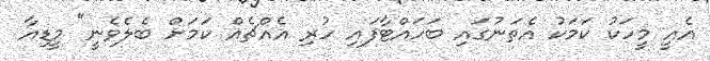
އެއީ މީހަކު ކަމަކު އެތަނުގައި ބަހައްޓާފައި ހުރި އެއްޗެއް ކަމަށް ބެލެވެނީ" މީޑިއާ